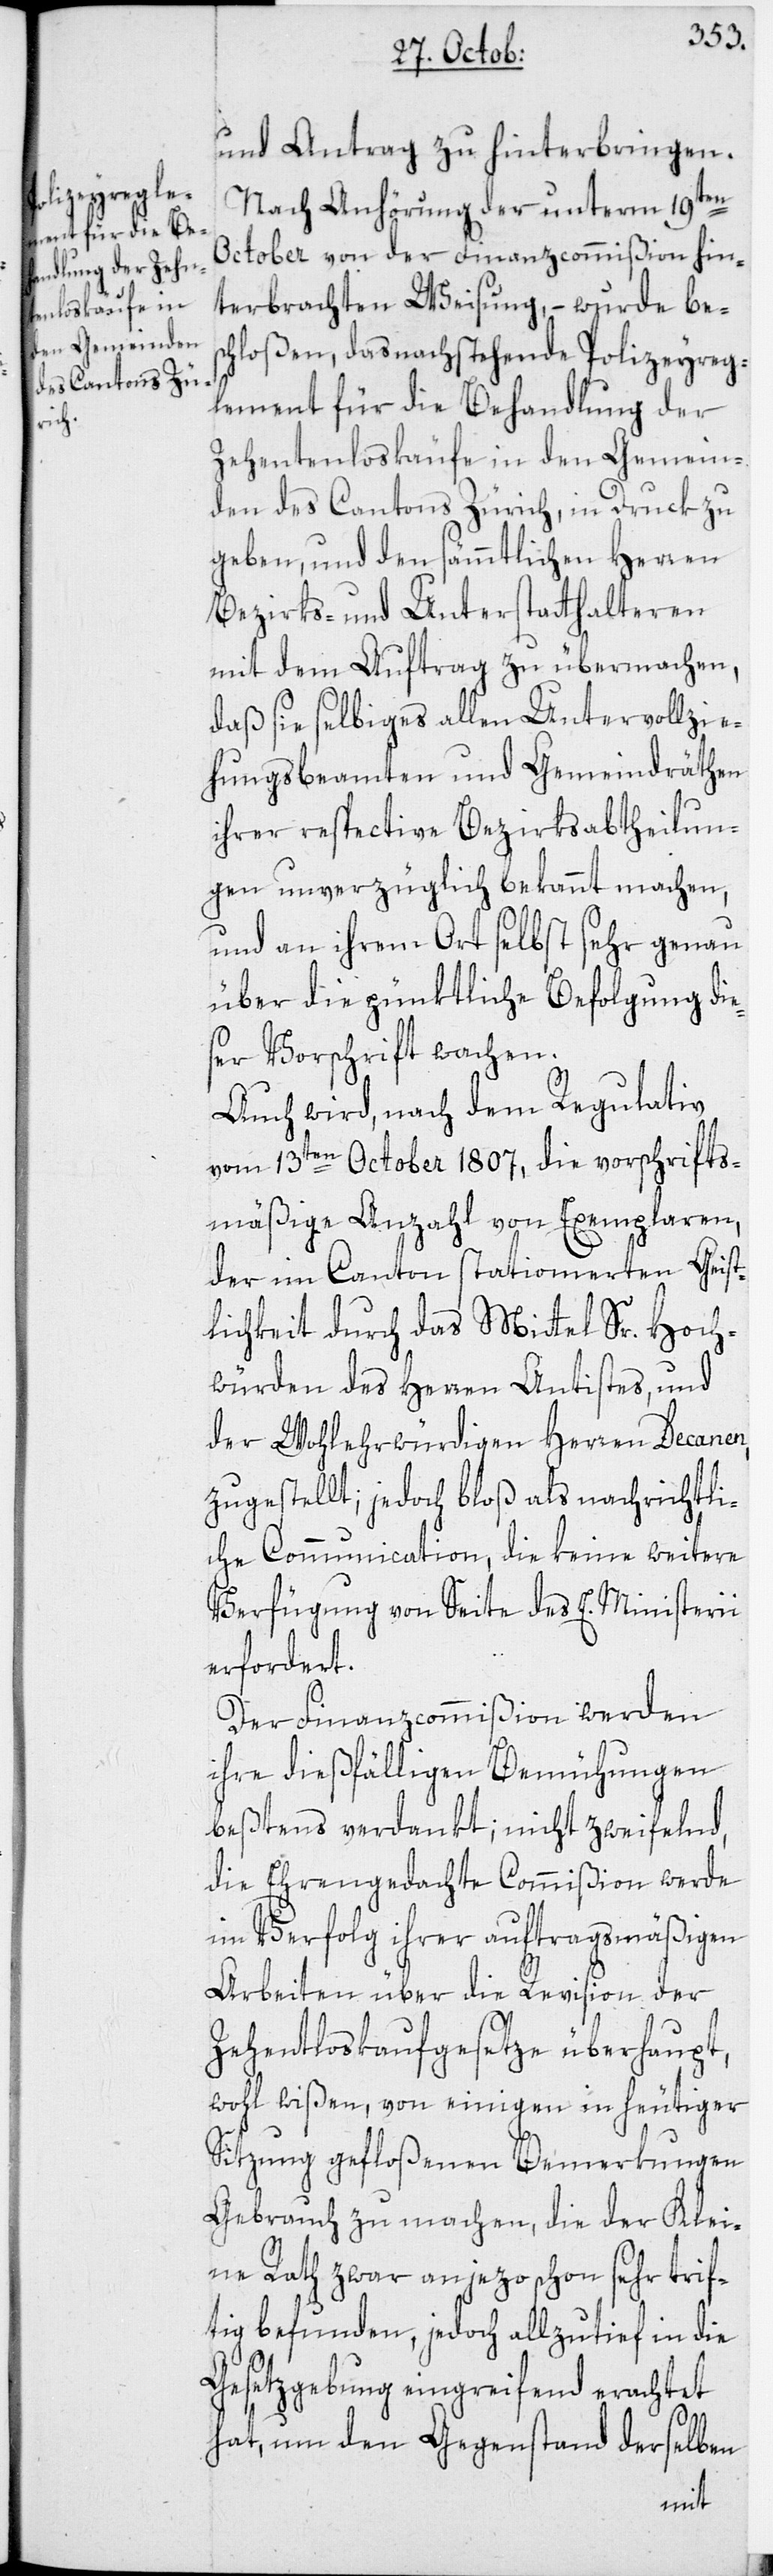
und Antrag zu hinterbringen.
Nach Anhörung der unterm 19ten
October von der Finanzcommißion hin¬
terbrachten Weisung, – wurde bes¬
chloßen, das nachstehende Polizeyreg¬
lement für die Behandlung der
Zehentenloskäufe in den Gemein¬
den des Cantons Zürich, in Druck zu
geben, und den sämmtlichen Herren
Bezirks- und Unterstatthalteren
mit dem Auftrag zu übermachen,
daß sie selbiges allen Untervollzie¬
hungsbeamten und Gemeindräthen
ihrer respective Bezirksabtheilun¬
gen unverzüglich bekannt machen,
und an ihrem Ort selbst sehr genau
über die pünktliche Befolgung die¬
ser Vorschrift wachen.
Auch wird, nach dem Regulativ
vom 13ten October 1807, die vorschrifts¬
mäßige Anzahl von Exemplaren,
der im Canton stationierten Geist¬
lichkeit durch das Mittel Sr. Hoch¬
würden des Herren Antistes, und
der Wohlehrwürdigen Herren Decanen,
zugestellt; jedoch bloß als nachrichtli¬
che Communication, die keine weitere
Verfügung von Seite des E. Ministerii
erfordert.
Der Finanzcommißion werden
ihre dießfälligen Bemühungen
beßtens verdankt; nicht zweifelnd,
die Ehrengedachte Commißion werde
im Verfolg ihrer auftragsmäßigen
Arbeiten über die Revision der
Zehentloskaufgesetze überhaupt,
wohl wißen, von einigen in heutiger
Sitzung gefloßenen Bemerkungen
Gebrauch zu machen, die der Klei¬
ne Rath zwar anjezo schon sehr trif¬
tig befunden, jedoch allzutief in die
Gesetzgebung eingreifend erachtet
hat, um den Gegenstand derselben